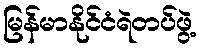
မြန်မာနိုင်ငံရဲတပ်ဖွဲ့